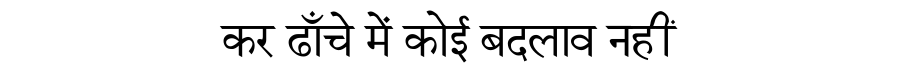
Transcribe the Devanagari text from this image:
कर ढाँचे में कोई बदलाव नहीं